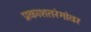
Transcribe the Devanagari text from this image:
प्रकाशतरंगांवर